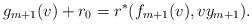
LaTeX: \begin{align*} g_{m+1}(v)+r_0=r^\ast(f_{m+1}(v),vy_{m+1}).\end{align*}